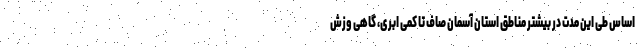
اساس طی این مدت در بیشتر مناطق استان آسمان صاف تا کمی ابری، گاهی وزش